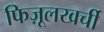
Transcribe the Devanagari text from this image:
फिज़ूलखर्ची